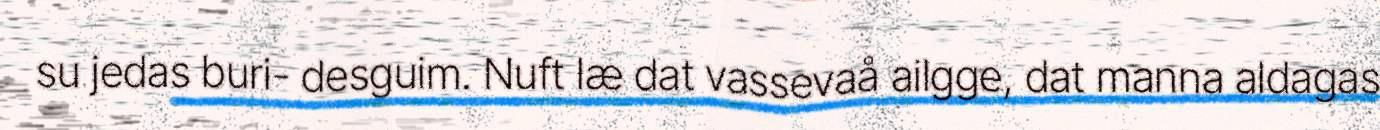
su jedas buri- desguim. Nuft læ dat vassevaå ailgge, dat manna aldagas